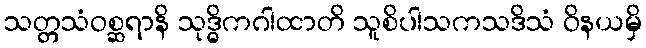
သတ္တသံဝစ္ဆရာနိ သုဒ္ဓိကဂါထာတိ သူစိပါသကသဒိသံ ဝိနယမှိ